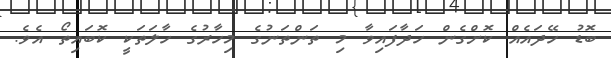
ބޮޑު ހޭދައެއް ކޮށްގެން ހަދާފައިވާ މި ތަންތަނުގެ މިހާރުގެ ހާލަތަކީ ކޮބައިތޯ އެވެ.